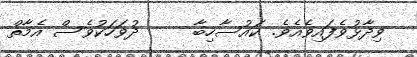
ވިދާޅުވެފައިވެއެވެ. ކައުސާހިބާ     ދުވަހަކުވެސް އެމާތް